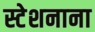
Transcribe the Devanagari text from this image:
स्टेशनाना